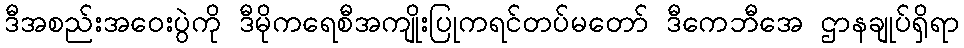
ဒီအစည်းအဝေးပွဲကို ဒီမိုကရေစီအကျိုးပြုကရင်တပ်မတော် ဒီကေဘီအေ ဌာနချုပ်ရှိရာ